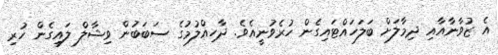
އެ ޒުވާނާއާއި ދިމާލަށް ބަލަހައްޓައިގެން ހުރެވުނީއެވެ. ދާހިއްލުމުގެ ސަބަބުން ވިޝާލް ލައިގެން ހުރި